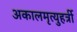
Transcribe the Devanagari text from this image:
अकालमृत्युहर्त्री